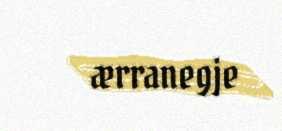
ærranegje